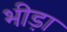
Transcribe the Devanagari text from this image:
भीड़ा